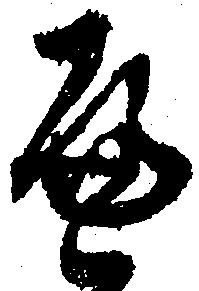
へ